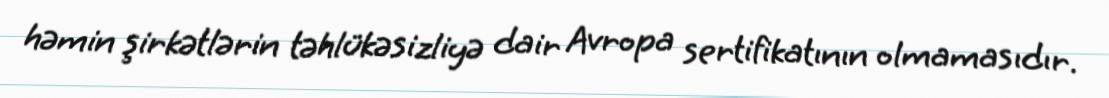
həmin şirkətlərin təhlükəsizliyə dair Avropa sertifikatının olmamasıdır.